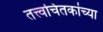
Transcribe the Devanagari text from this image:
तत्त्वचिंतकांच्या